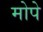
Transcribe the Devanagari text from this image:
मोपे